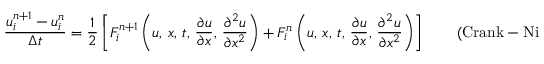
{ \frac { u _ { i } ^ { n + 1 } - u _ { i } ^ { n } } { \Delta t } } = { \frac { 1 } { 2 } } \left[ F _ { i } ^ { n + 1 } \left( u , \, x , \, t , \, { \frac { \partial u } { \partial x } } , \, { \frac { \partial ^ { 2 } u } { \partial x ^ { 2 } } } \right) + F _ { i } ^ { n } \left( u , \, x , \, t , \, { \frac { \partial u } { \partial x } } , \, { \frac { \partial ^ { 2 } u } { \partial x ^ { 2 } } } \right) \right] \qquad { \mathrm { ( C r a n k - N i c o l s o n ) } } .